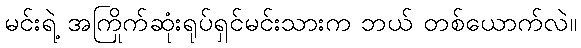
မင်းရဲ့ အကြိုက်ဆုံးရုပ်ရှင်မင်းသားက ဘယ် တစ်ယောက်လဲ။